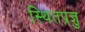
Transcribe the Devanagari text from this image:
स्थितप्रज्ञु